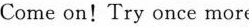
Come on！Try once more。